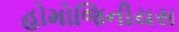
હોમોજિનીયસ